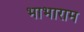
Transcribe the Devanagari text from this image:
भाभाराम